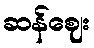
ဆန်ဈေး